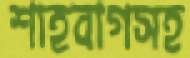
শাহবাগসহ